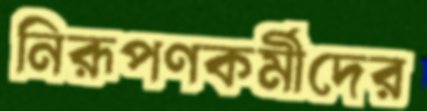
নিরূপণকর্মীদের